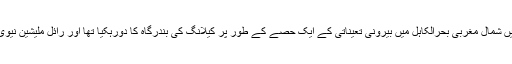
مشرقی فلیٹ کے جہازوں نے حال ہی میں شمال مغربی بحرالکاہل میں بیرونی تعیناتی کے ایک حصے کے طور پر کیلانگ کی بندرگاہ کا دورہکیا تھا اور رائل ملیشین نیوی کے ساتھ مشترکہ مشقیں بھی کی تھیں۔